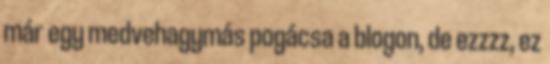
már egy medvehagymás pogácsa a blogon, de ezzzz, ez